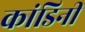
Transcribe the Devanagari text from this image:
कांडिनी